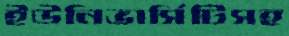
ইউনিভার্সিটিসহ